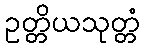
ဥတ္တိယသုတ္တံ